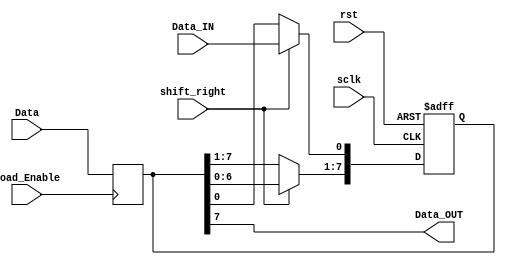
module Shift_Register 
#(parameter Register_Width=8)

(
    output  wire                            Data_OUT,       //MOSI
    input   wire                            Data_IN,        //MISO
    input   wire    [Register_Width-1:0]    Data,
    input   wire                            sclk,rst,
    input   wire                            Load_Enable,shift_right

);

    reg [Register_Width-1:0]    Internal_Buffer;

    always@(posedge Load_Enable )
    begin
        Internal_Buffer<=Data;
    end

    always@(posedge sclk or negedge rst)
    begin
        if(!rst)
        Internal_Buffer<={ (Register_Width){1'b0} };

        else if (shift_right)
        begin
            Internal_Buffer<=Internal_Buffer<<1;
            Internal_Buffer[0]<=Data_IN;
        end
        
    end

    assign Data_OUT=Internal_Buffer[Register_Width-1];       

    endmodule